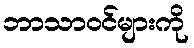
ဘာသာဝင်များကို